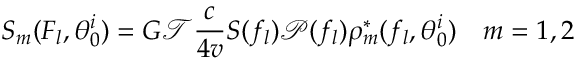
S _ { m } ( F _ { l } , \theta _ { 0 } ^ { i } ) = G \mathcal { T } \frac { c } { 4 v } S ( f _ { l } ) \mathcal { P } ( f _ { l } ) \rho _ { m } ^ { * } ( f _ { l } , \theta _ { 0 } ^ { i } ) \quad m = 1 , 2